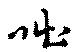
咄